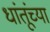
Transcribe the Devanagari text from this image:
धांतूंच्या